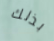
بذلك